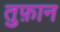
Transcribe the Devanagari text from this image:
तुफ़ान